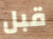
قبل